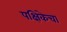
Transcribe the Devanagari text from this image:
पक्षिकेचा